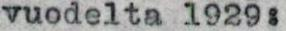
vuodelta 1929: